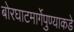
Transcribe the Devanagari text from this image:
बोरघाटमार्गेपुण्याकडे